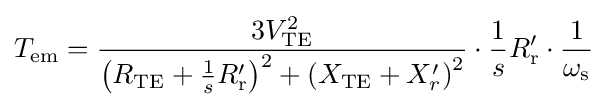
T_{\text{em}}={\frac {3V_{\text{TE}}^{2}}{\left(R_{\text{TE}}+{\frac {1}{s}}R_{\text{r}}'\right)^{2}+\left(X_{\text{TE}}+X_{r}'\right)^{2}}}\cdot {\frac {1}{s}}R_{\text{r}}'\cdot {\frac {1}{\omega _{\text{s}}}}